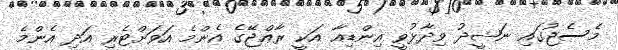
މެސެޖުގައި ނަޝީދު ވިދާޅުވީ އިންޑިއާ އަކީ ރާޢްޖޭގެ އެންމެ އަވަށްޓެރި އަދި އެންމެ